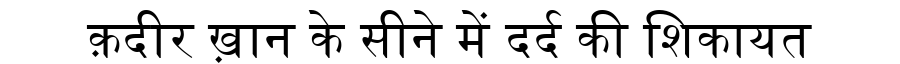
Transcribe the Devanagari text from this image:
क़दीर ख़ान के सीने में दर्द की शिकायत